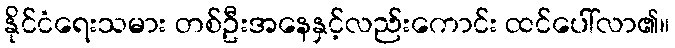
နိုင်ငံရေးသမား တစ်ဦးအနေနှင့်လည်းကောင်း ထင်ပေါ်လာ၏။